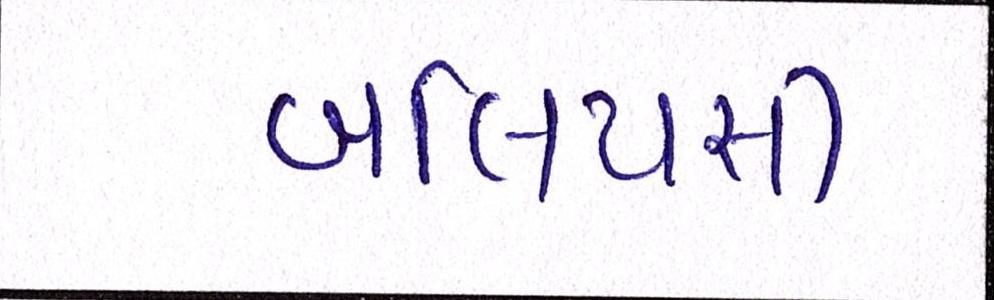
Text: બલિયસી